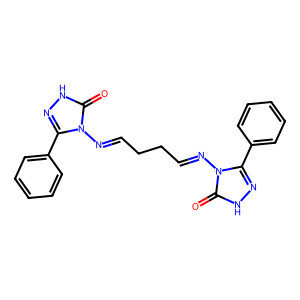
SMILES: O=c1[nH]nc(-c2ccccc2)n1N=CCCC=Nn1c(-c2ccccc2)n[nH]c1=O
Inhibits HIV replication: No